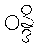
ဝန္ဒိ